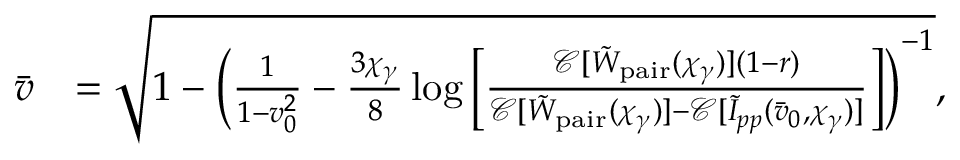
\begin{array} { r l } { \bar { v } } & { = \sqrt { 1 - \biggl ( \frac { 1 } { 1 - v _ { 0 } ^ { 2 } } - \frac { 3 \chi _ { \gamma } } { 8 } \log { \biggl [ \frac { \mathcal { C } [ \tilde { W } _ { \mathrm { p a i r } } ( \chi _ { \gamma } ) ] ( 1 - r ) } { \mathcal { C } [ \tilde { W } _ { \mathrm { p a i r } } ( \chi _ { \gamma } ) ] - \mathcal { C } [ \tilde { I } _ { p p } ( \bar { v } _ { 0 } , \chi _ { \gamma } ) ] } \biggr ] } \biggr ) ^ { - 1 } } , } \end{array}